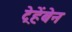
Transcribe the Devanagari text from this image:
ट्रेहेंबेन